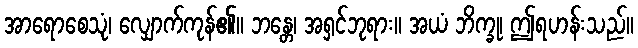
အာရောစေသုံ၊ လျှောက်ကုန်၏။ ဘန္တေ၊ အရှင်ဘုရား။ အယံ ဘိက္ခု၊ ဤရဟန်းသည်။